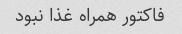
فاکتور همراه غذا نبود